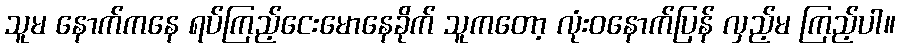
သူမ နောက်ကနေ ရပ်ကြည့်ငေးမောနေခိုက် သူကတော့ လုံးဝနောက်ပြန် လှည့်မ ကြည့်ပါ။